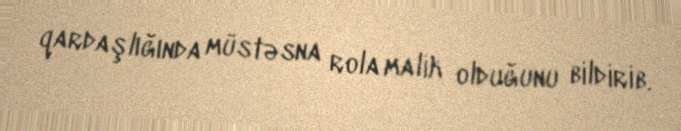
qardaşlığında müstəsna rola malik olduğunu bildirib.